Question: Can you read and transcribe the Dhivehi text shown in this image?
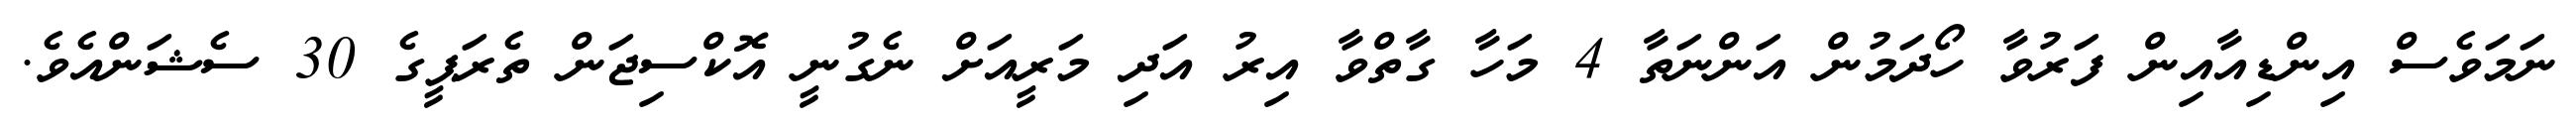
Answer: ނަމަވެސް އިންޑިއާއިން ފަރުވާ ހޯދަމުން އަންނަތާ 4 މަހާ ގާތްވާ އިރު އަދި މަރީއަށް ނެގުނީ އޮކްސިޖަން ތެރަޕީގެ 30 ސެޝަންއެވެ.